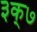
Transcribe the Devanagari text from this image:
३क्७